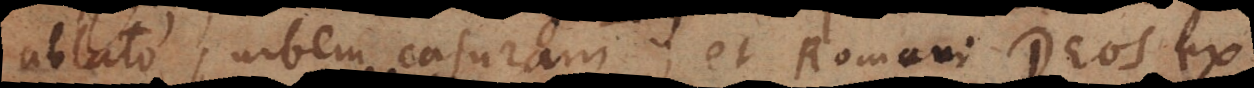
ablato, urbem casuram, et Romani Deos ex